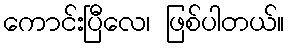
ကောင်းပြီလေ၊ ဖြစ်ပါတယ်။